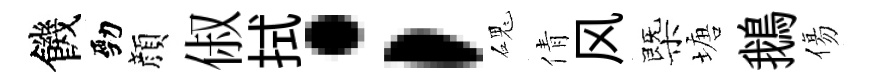
饑勁顔俶拭；磈倩风㮣塘鵝傷